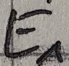
Text: E1